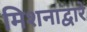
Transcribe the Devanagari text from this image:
मिशनाद्वारे